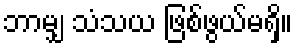
ဘာမျှ သံသယ ဖြစ်ဖွယ်မရှိ။